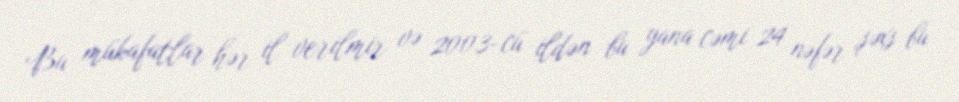
Bu mükafatlar hər il verilmir və 2003-cü ildən bu yana cəmi 24 nəfər şəxs bu